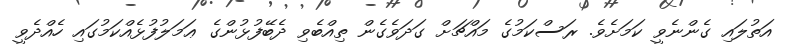
އަތުލައި ގެންނެވީ ކަމަށެވެ. ރަސްކަމުގެ މައްޗަށް ގަދަވެގެން ތިއްބެވި ދެބޭފުޅުންގެ ޢަމަލުފުޅެއްކަމުގައި ހެއްދެވީ